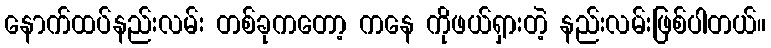
နောက်ထပ်နည်းလမ်း တစ်ခုကတော့ ကနေ ကိုဖယ်ရှားတဲ့ နည်းလမ်းဖြစ်ပါတယ်။